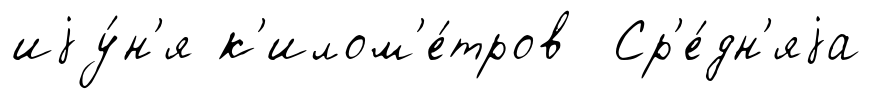
иjу́н'я к'илом'е́тров Ср'е́дн'яjа